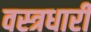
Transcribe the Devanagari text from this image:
वस्‍त्रधारी